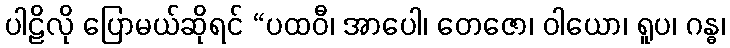
ပါဠိလို ပြောမယ်ဆိုရင် “ပထဝီ၊ အာပေါ၊ တေဇော၊ ဝါယော၊ ရူပ၊ ဂန္ဓ၊